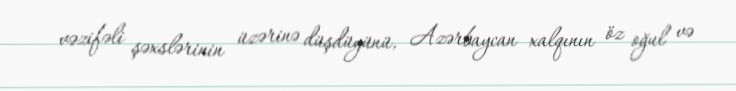
vəzifəli şəxslərinin üzərinə düşdüyünü, Azərbaycan xalqının öz oğul və